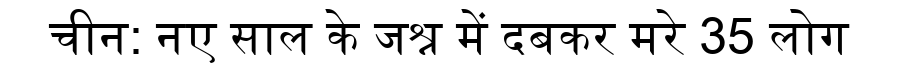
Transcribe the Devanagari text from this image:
चीन: नए साल के जश्न में दबकर मरे 35 लोग